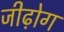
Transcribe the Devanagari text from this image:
जीढ़ोग